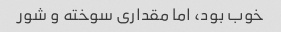
خوب بود، اما مقداری سوخته و شور